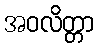
အဝလိတ္တာ